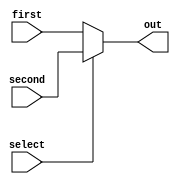
module Mux
#(parameter WIDTH = 8)
(
    input wire [WIDTH - 1:0] first,
    input wire [WIDTH - 1:0] second,
    input select,
    output wire [WIDTH - 1:0] out
);
    assign out = (~select) ? first : second;
endmodule